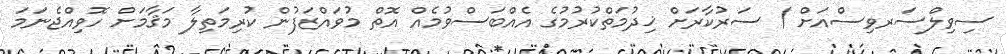
ސިވިލްސަރވިސްއަށް / ސަރުކާރަށް ޚިދުމަތްކުރުމުގެ އެއްބަސްވުމެއް އޮތް މުވައްޒަފުން ކުރިމަތިލާ މަޤާމަށް ހޮވިއްޖެނަމަ